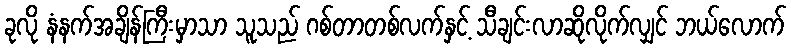
ခုလို နံနက်အချိန်ကြီးမှာသာ သူသည် ဂစ်တာတစ်လက်နှင့် သီချင်းလာဆိုလိုက်လျှင် ဘယ်လောက်